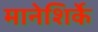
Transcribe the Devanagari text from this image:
मानेशिर्के